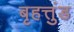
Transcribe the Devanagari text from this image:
बृहत्तुंड